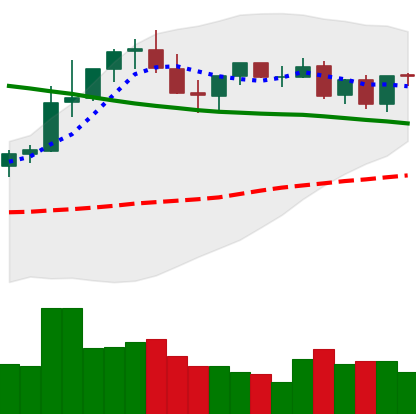
Ticker: TRX-USD
Chart end date: 2021-08-28
Forward return: 13.172%
Label: up_7plus